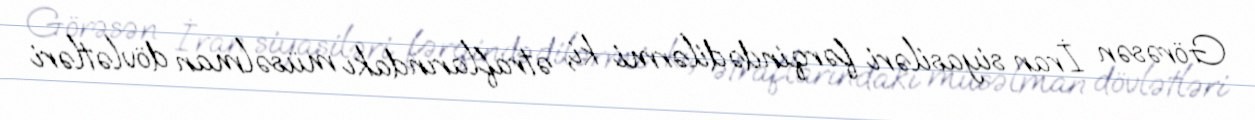
Görəsən İran siyasiləri fərqindədilərmi ki, ətraflarındakı müsəlman dövlətləri